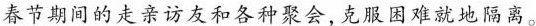
春节期的走亲访友和各种聚会，克服困难就地隔离。